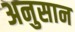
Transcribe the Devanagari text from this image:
अनुसान